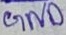
Text: GND